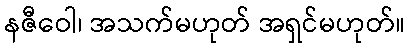
နဇီဝေါ၊ အသက်မဟုတ် အရှင်မဟုတ်။